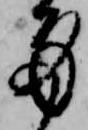
身